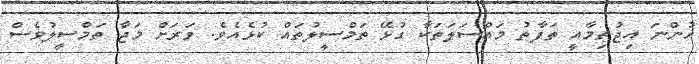
ހުންނަ އިޖުތިމާއީ ތަފާތު މައްސަލަތަކާ ގުޅޭ ތަމްސީލުތައް ކުޅެއެވެ. ވަރަށް މަޖާ ތަމްސީލުވެސް